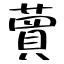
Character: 蕒